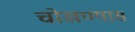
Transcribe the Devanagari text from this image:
चोखण्यास